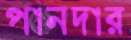
পানদার